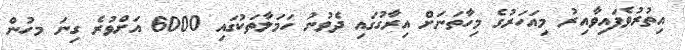
އިތުރުވެފައިވާއިރު މިއަހަރުގެ މިހާތަނަށް އިރާގުގައި ދެވުނު ހަމަލާތަކުގައި 6000 އަށްވުރެ ގިނަ މހުން